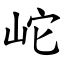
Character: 岮